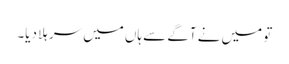
تو میں نے آگے سے ہاں میں سر ہلا دیا۔